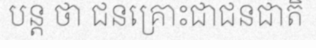
បន្ត ថា ជនគ្រោះជាជនជាតិ